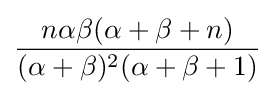
{\frac {n\alpha \beta (\alpha +\beta +n)}{(\alpha +\beta )^{2}(\alpha +\beta +1)}}\!